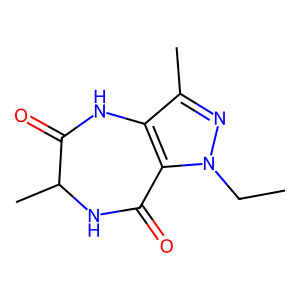
SMILES: CCn1nc(C)c2c1C(=O)NC(C)C(=O)N2
Inhibits HIV replication: No